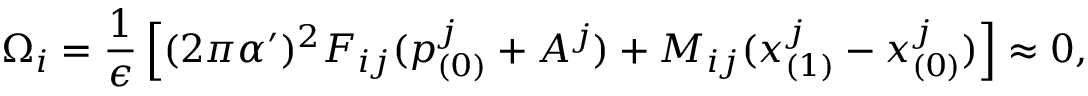
\Omega _ { i } = \frac { 1 } { \epsilon } \left[ ( 2 \pi \alpha ^ { \prime } ) ^ { 2 } { \cal F } _ { i j } ( p _ { ( 0 ) } ^ { j } + A ^ { j } ) + M _ { i j } ( x _ { ( 1 ) } ^ { j } - x _ { ( 0 ) } ^ { j } ) \right] \approx 0 ,